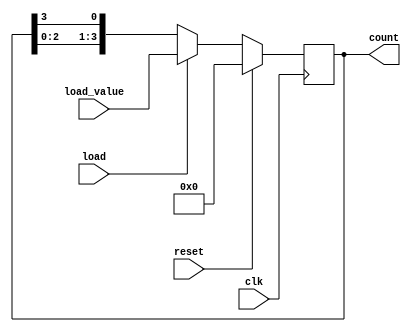
module LoadableRingCounter (
    input wire clk,               // Clock signal
    input wire reset,             // Synchronous reset
    input wire load,              // Load control signal
    input wire [n-1:0] load_value, // Value to load into the counter
    output reg [n-1:0] count      // Output of the ring counter
);
    parameter n = 4; // Number of bits (flip-flops) in the counter

    always @(posedge clk) begin
        if (reset) begin
            count <= 0; // Reset counter to 0
        end else if (load) begin
            count <= load_value; // Load the specified value
        end else begin
            // Normal counting operation (Ring counter behavior)
            count <= {count[n-2:0], count[n-1]}; // Shift left and feedback last bit
        end
    end
endmodule